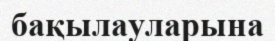
бақылауларына